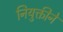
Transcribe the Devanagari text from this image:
नियुक्तीने